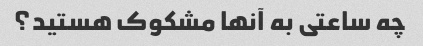
چه ساعتی به آنها مشکوک هستید؟